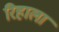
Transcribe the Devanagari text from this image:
रिहाला